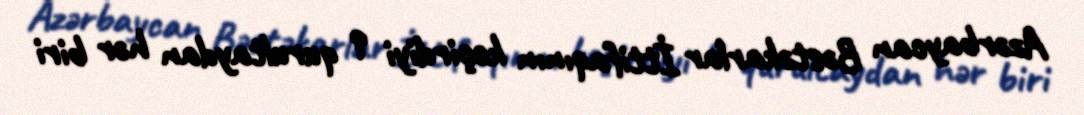
Azərbaycan Bəstəkarlar İttifaqının keçirdiyi 9 qurultaydan hər biri